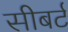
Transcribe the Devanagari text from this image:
सीबर्ट